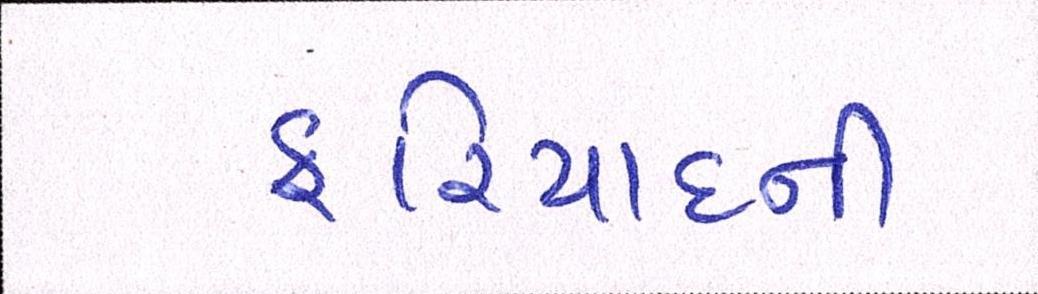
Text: ફરિયાદની